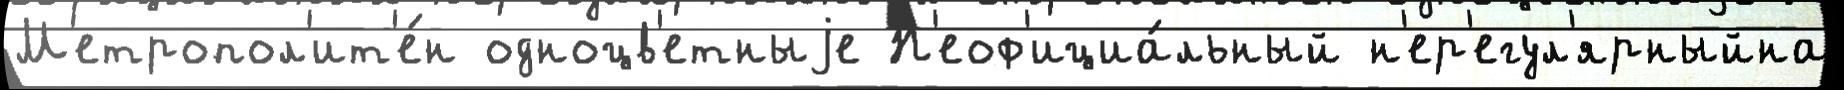
М'етропол'ит'е́н одноцв'етныjе Н'еоф'ициа́льный н'ер'егул'ярныйна